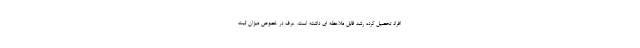
افراد تحصیل کرده رشد قابل ملاحظه ای داشته است. عرف در خصوص میزان ثبت